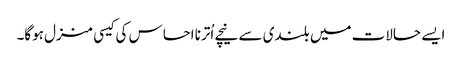
ایسے حالات میں بلندی سے نیچے اُترنا احساس کی کیسی منزل ہوگا۔